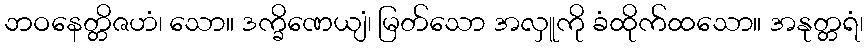
ဘဝနေတ္တိဇဟံ၊ သော။ ဒက္ခိဏေယျံ၊ မြတ်သော အလှူကို ခံထိုက်ထသော။ အနုတ္တရံ၊